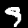
Digit: 9